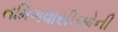
તમિળવાસીઓની